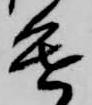
進